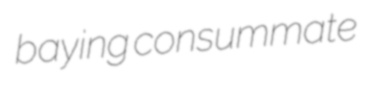
baying consummate